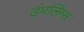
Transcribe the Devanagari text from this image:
डंपलिंग्स